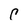
Character: C